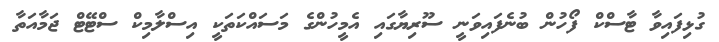
ގުޅިފައިވާ ޓާސްކް ފޯހުން ބުނެފައިވަނީ ސޫރިޔާގައި އެމީހުންގެ މަސައްކަތަކީ އިސްލާމިކް ސްޓޭޓް ޖަމާއަތާ